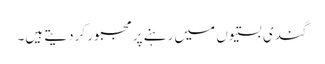
گندی بستیوں میں رہنے پر مجبور کردیتے ہیں۔